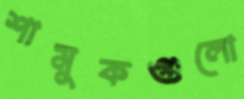
শামুকগুলো